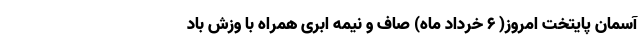
آسمان پایتخت امروز( ۶ خرداد ماه) صاف و نیمه ابری همراه با وزش باد